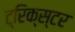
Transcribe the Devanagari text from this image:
ट्रिक्स्टर